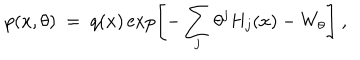
p ( x , \theta ) \ = \ q ( x ) \exp \left[ - \sum _ { j } \theta ^ { j } H _ { j } ( x ) - W _ { \theta } \right] \ ,